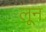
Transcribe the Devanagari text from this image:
लून